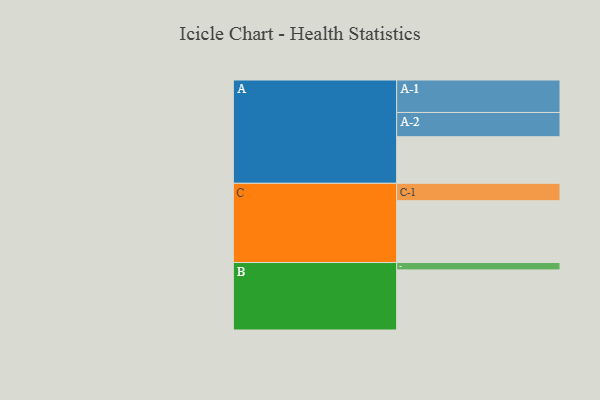
{"axis": {"x": "Segment", "y": "Value"}, "legend": ["", "A", "B", "C"], "data": [{"x": "A", "y": 373, "type": ""}, {"x": "B", "y": 481, "type": ""}, {"x": "C", "y": 495, "type": ""}, {"x": "A-1", "y": 260, "type": "A"}, {"x": "A-2", "y": 194, "type": "A"}, {"x": "B-1", "y": 59, "type": "B"}, {"x": "C-1", "y": 139, "type": "C"}]}